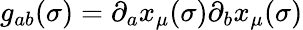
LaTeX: g_{ab}(\sigma)=\partial_{a}x_{\mu}(\sigma)\partial_{b}x_{\mu}(\sigma)